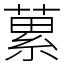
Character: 蔂